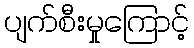
ပျက်စီးမှုကြောင့်